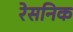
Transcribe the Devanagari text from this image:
रेसनिक